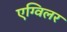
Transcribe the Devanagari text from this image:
एग्विलर